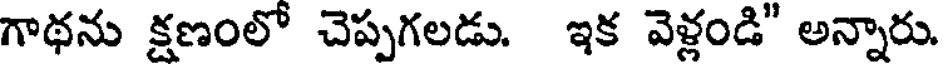
గాథను క్షణంలో చెప్పగలడు. ఇక వెళ్లండి" అన్నారు.